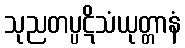
သုညတပ္ပဋိသံယုတ္တာနံ